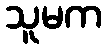
သူမက